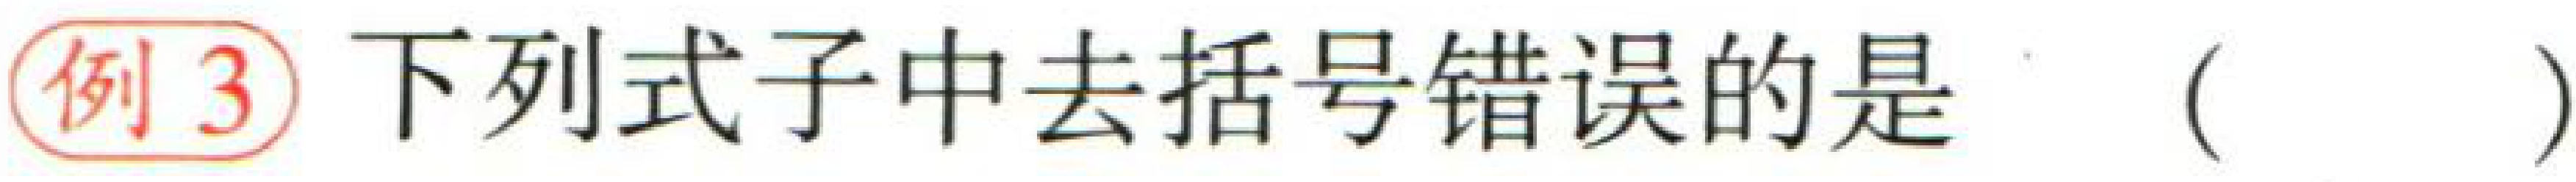
例3 下列式子中去括号错误的是（  ）